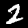
Digit: 2